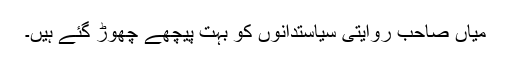
میاں صاحب روایتی سیاستدانوں کو بہت پیچھے چھوڑ گئے ہیں۔